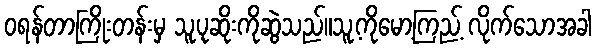
ဝရန်တာကြိုးတန်းမှ သူ့ပုဆိုးကိုဆွဲသည်။သူ့ကိုမော့ကြည့် လိုက်သောအခါ